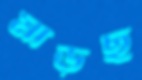
মাড়ছ